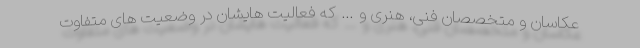
عکاسان و متخصصان فنی، هنری و … که فعالیت هایشان در وضعیت های متفاوت